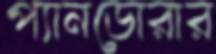
প্যানডোরার